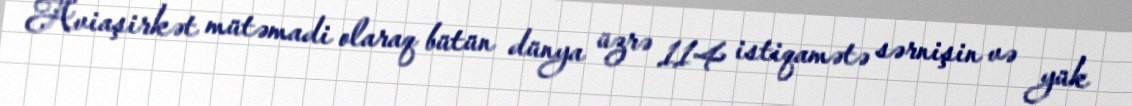
Aviaşirkət mütəmadi olaraq bütün dünya üzrə 114 istiqamətə sərnişin və yük